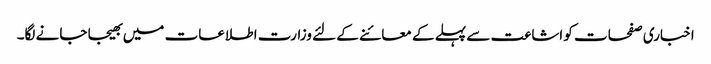
اخباری صفحات کو اشاعت سے پہلے کے معائنے کے لئے وزارت اطلاعات میں بھیجا جانے لگا۔